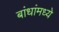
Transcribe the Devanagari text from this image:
बांधांमध्ये